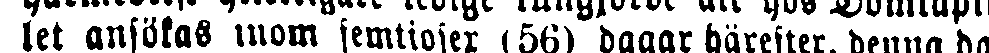
let ansökas inom femtiosex (56) dagar härefter, denna da